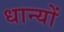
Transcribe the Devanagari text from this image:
धान्यों